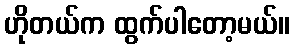
ဟိုတယ်က ထွက်ပါတော့မယ်။